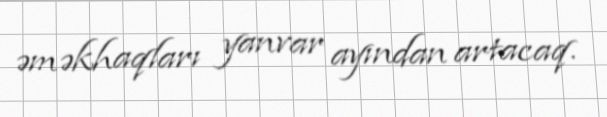
əməkhaqları yanvar ayından artacaq.